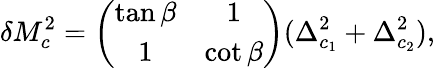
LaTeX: \delta M_{c}^{2}=\left(\begin{array}{cc}{{\tan\beta}}&{{1}}\\ {{1}}&{{\cot\beta}}\end{array}\right)(\Delta_{c_{1}}^{2}+\Delta_{c_{2}}^{2}),